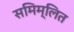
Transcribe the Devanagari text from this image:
समिम्लित